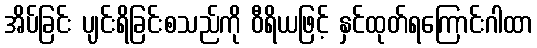
အိပ်ခြင်း ပျင်းရိခြင်းစသည်ကို ဝီရိယဖြင့် နှင်ထုတ်ရကြောင်းဂါထာ